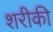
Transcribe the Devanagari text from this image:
शरीकी